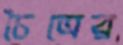
চৈত্রের